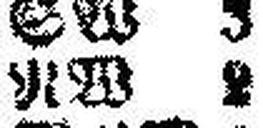
NW 2